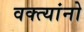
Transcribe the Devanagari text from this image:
वक्त्यांनो